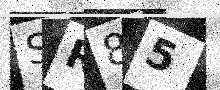
Text: SR85